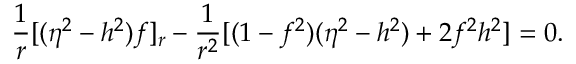
\frac { 1 } { r } [ ( \eta ^ { 2 } - h ^ { 2 } ) f ] _ { r } - \frac { 1 } { r ^ { 2 } } [ ( 1 - f ^ { 2 } ) ( \eta ^ { 2 } - h ^ { 2 } ) + 2 f ^ { 2 } h ^ { 2 } ] = 0 .